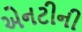
એનટીની